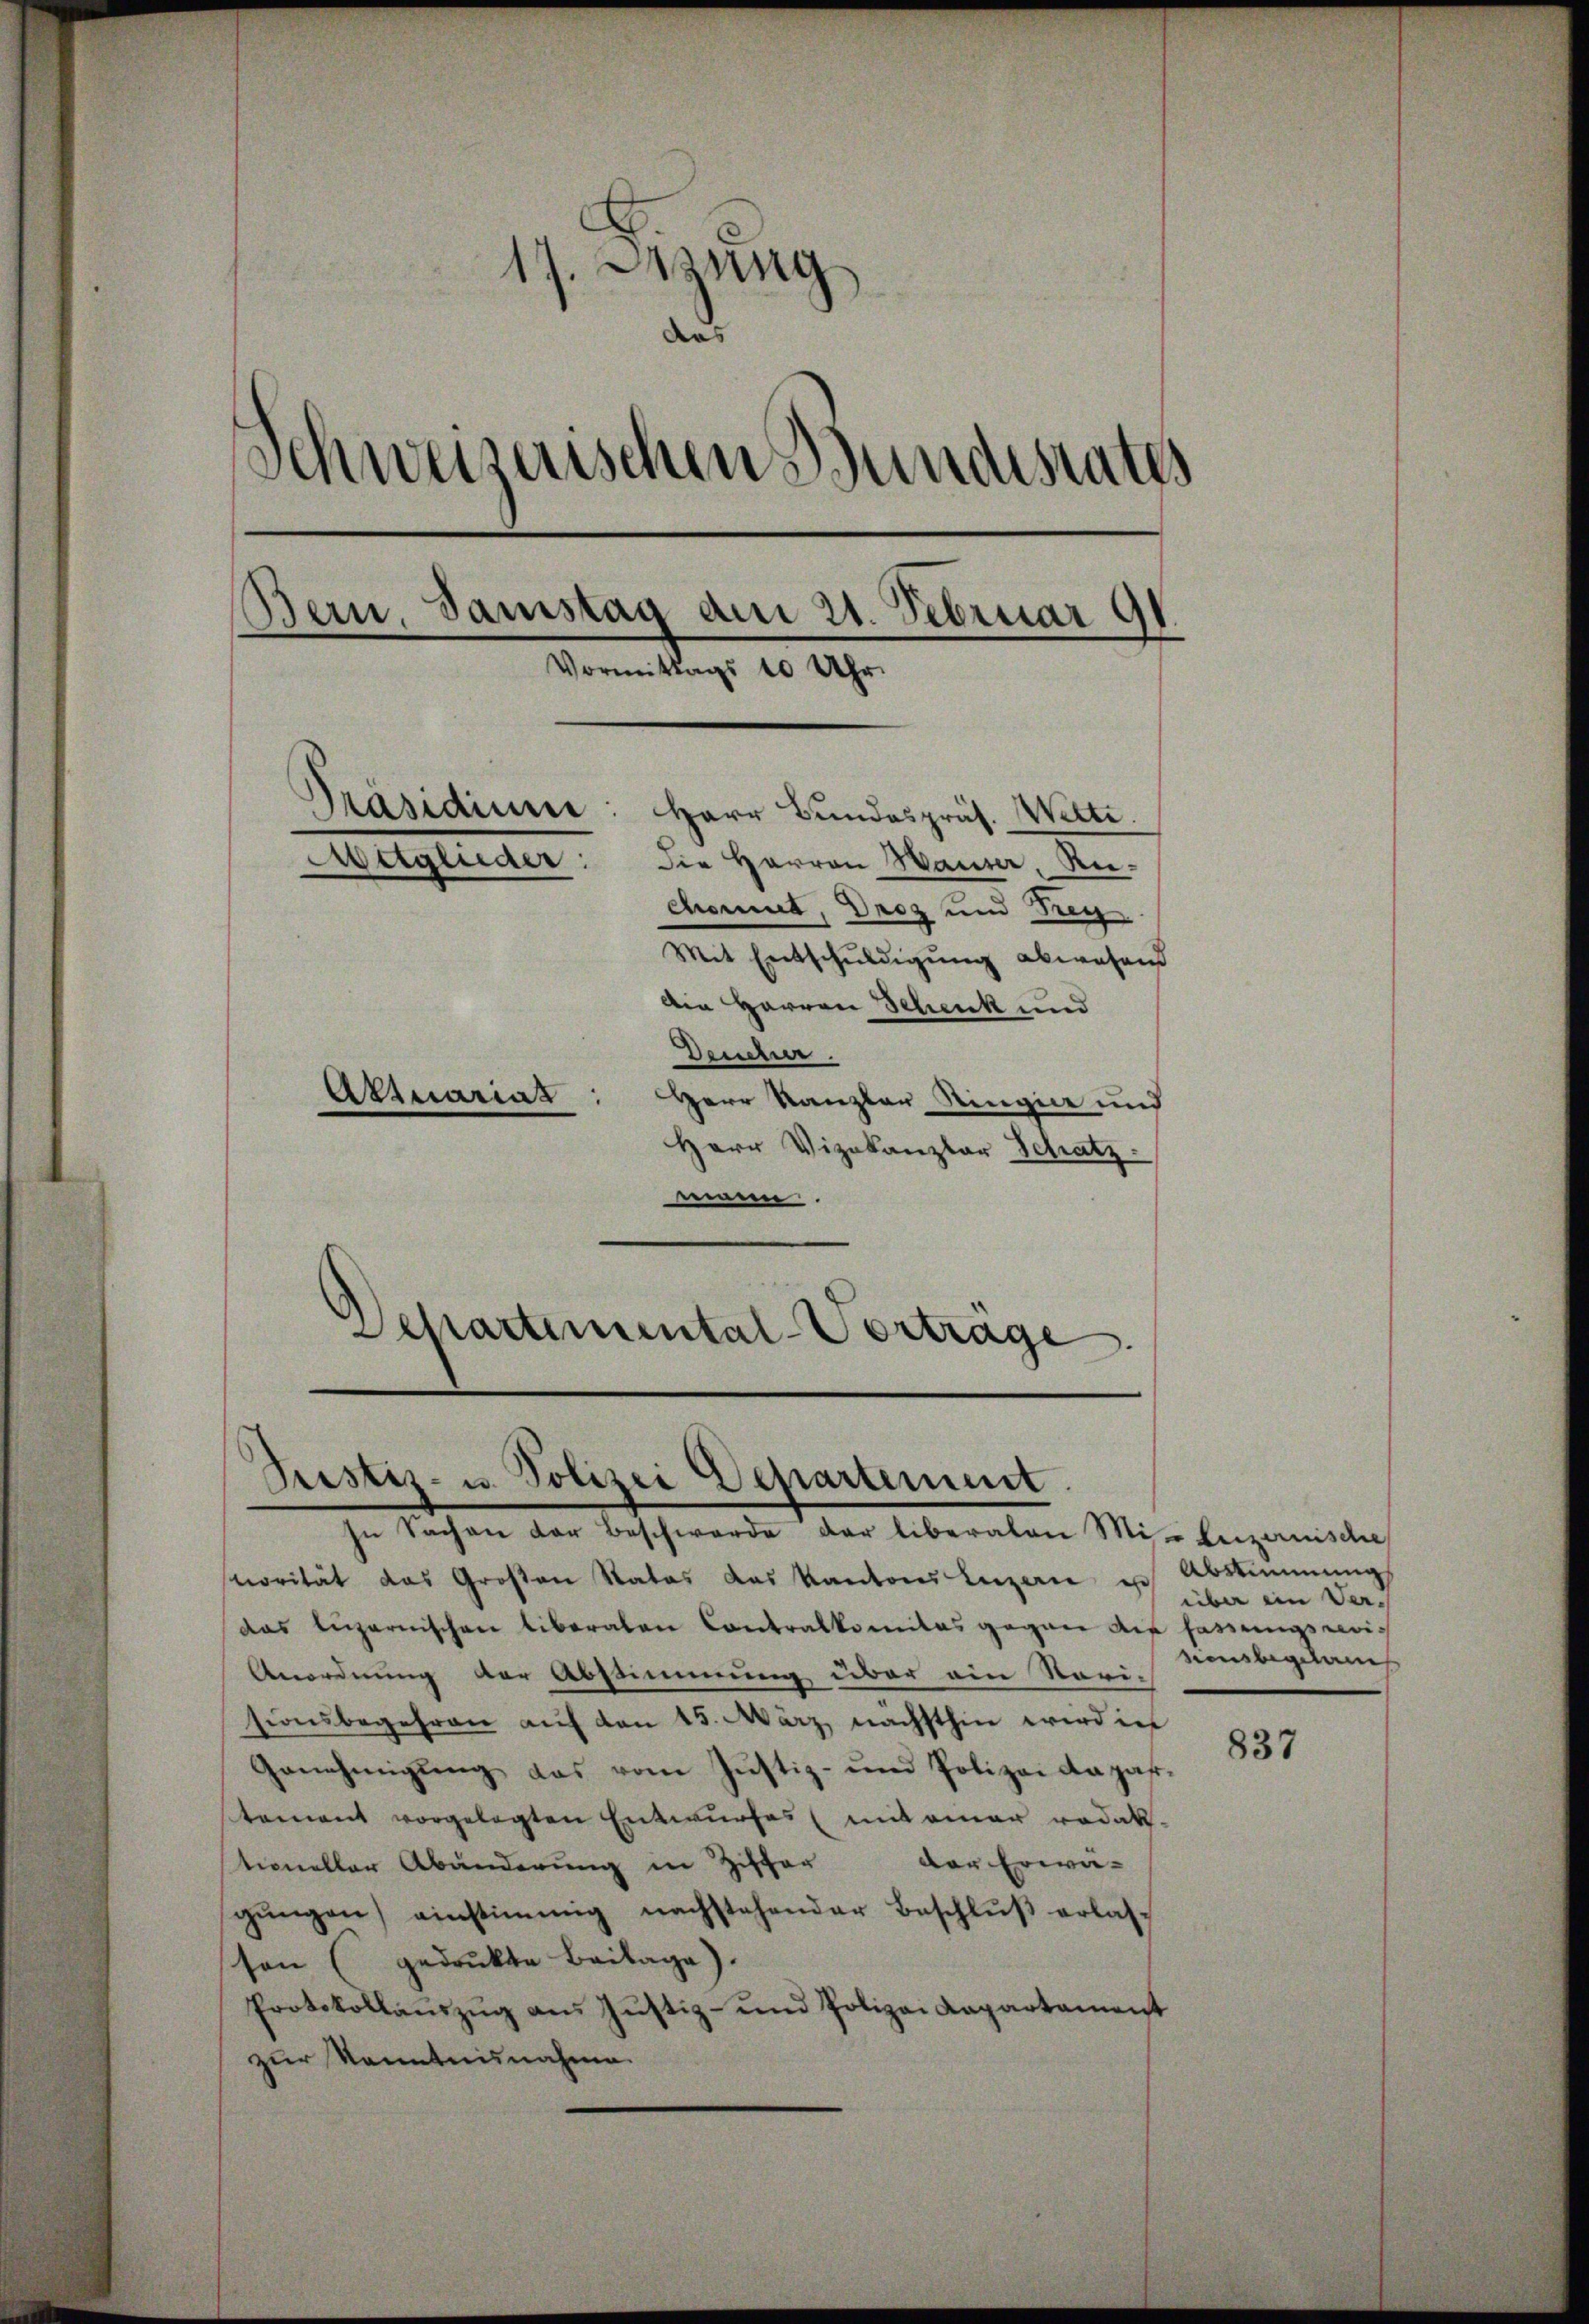
17. Jung
das
Schweizerischen Bundesrates
Bern, Samstag am 21. Februar
.
Vormittags 10 Uhr.
Präsidium: Herr Bundespräs. Welte.
Aetglieder:
die Herren Hauser, Rechomut, Droz und Tug
Mit Entschuldigung abwesend
Ain Herren Schenk und
Deucher.
Attuariat
Herr Kanzler Ringin und

Herr Vizekanzlar Schatz
mann
Departemental-Verträge

Pustiz- u. Polizei Departement

In Sachen der Beschwerde der liberalen Mi-Luzernische
norität das Großen Statos das Kantons Luzern u. Abstimmung
das Luzernischen liberalen Contralkomitas gegen auf fassungswei¬
Anordnung der Abstimmung über ein Rorisionsbegehren auf den 15. März, nächsthin wird in
Genehmigŭng das vom Justiz- und Polizei da passtement vorgelegten Entwurfes (mit einer redak
stioneller Abänderung in Ziffer der Erwä-
gŭngen) einstimmig nachstehender Beschluß erlasson (gedruckte Beilage).
Protokollaŭszŭg aŭs Jŭstiz- und Polizei Kapartament
zur Kenntnisnahme.

über im Ver-
sionsbegelan

837